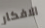
الافكار